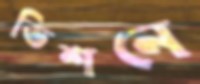
ভিশনে